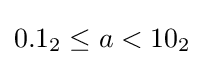
0.1_{2}\leq a<10_{2}